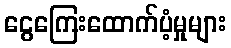
ငွေကြေးထောက်ပံ့မှုများ